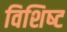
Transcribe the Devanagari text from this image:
विशिष्‍ट